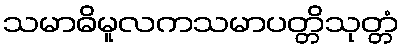
သမာဓိမူလကသမာပတ္တိသုတ္တံ